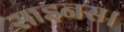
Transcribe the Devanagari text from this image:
साइनस।